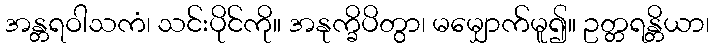
အန္တရဝါသကံ၊ သင်းပိုင်ကို။ အနုက္ခိပိတွာ၊ မမျှောက်မူ၍။ ဥတ္တရန္တိယာ၊